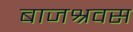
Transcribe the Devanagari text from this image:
बाजश्रवस